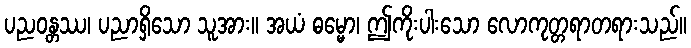
ပညဝန္တဿ၊ ပညာရှိသော သူအား။ အယံ ဓမ္မော၊ ဤကိုးပါးသော လောကုတ္တရာတရားသည်။